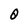
Character: O